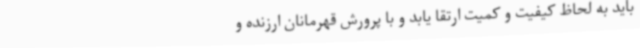
باید به لحاظ کیفیت و کمیت ارتقا یابد و با پرورش قهرمانان ارزنده و